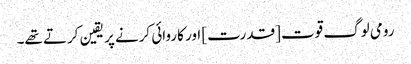
رومی لوگ قوت [قدرت] اور کاروائی کرنے پر یقین کرتے تھے۔